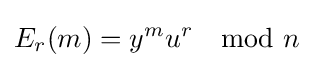
E_{r}(m)=y^{m}u^{r}\mod n